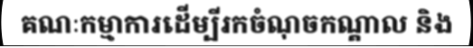
គណៈកម្មាការដើម្បីរកចំណុចកណ្តាល និង